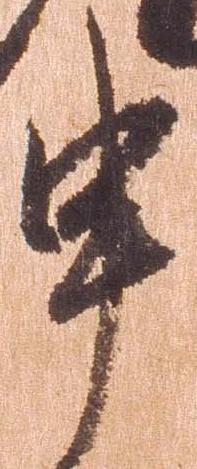
申